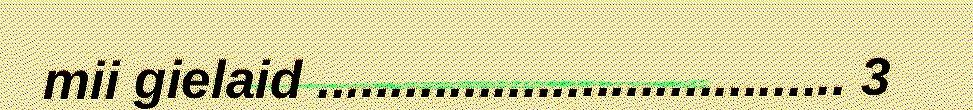
mii gielaid .................................... 3